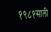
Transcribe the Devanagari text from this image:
१९८१साली